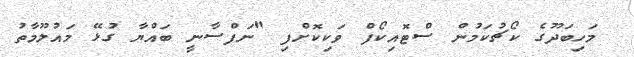
މަހިބަދޫގެ ކޯޗުކަމުން ސްޓޮއިކޯފް ވަކިކޮށްފި "ނަފްސާނީ ބައްޔާ ގުޅޭ މައުލޫމާތު